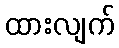
ထားလျက်